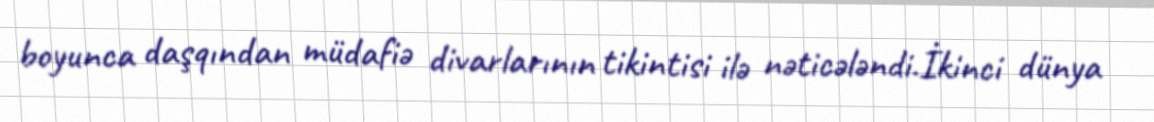
boyunca daşqından müdafiə divarlarının tikintisi ilə nəticələndi.İkinci dünya